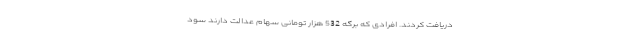
دریافت کردند. افرادی که برگه 532 هزار تومانی سهام عدالت دارند سود